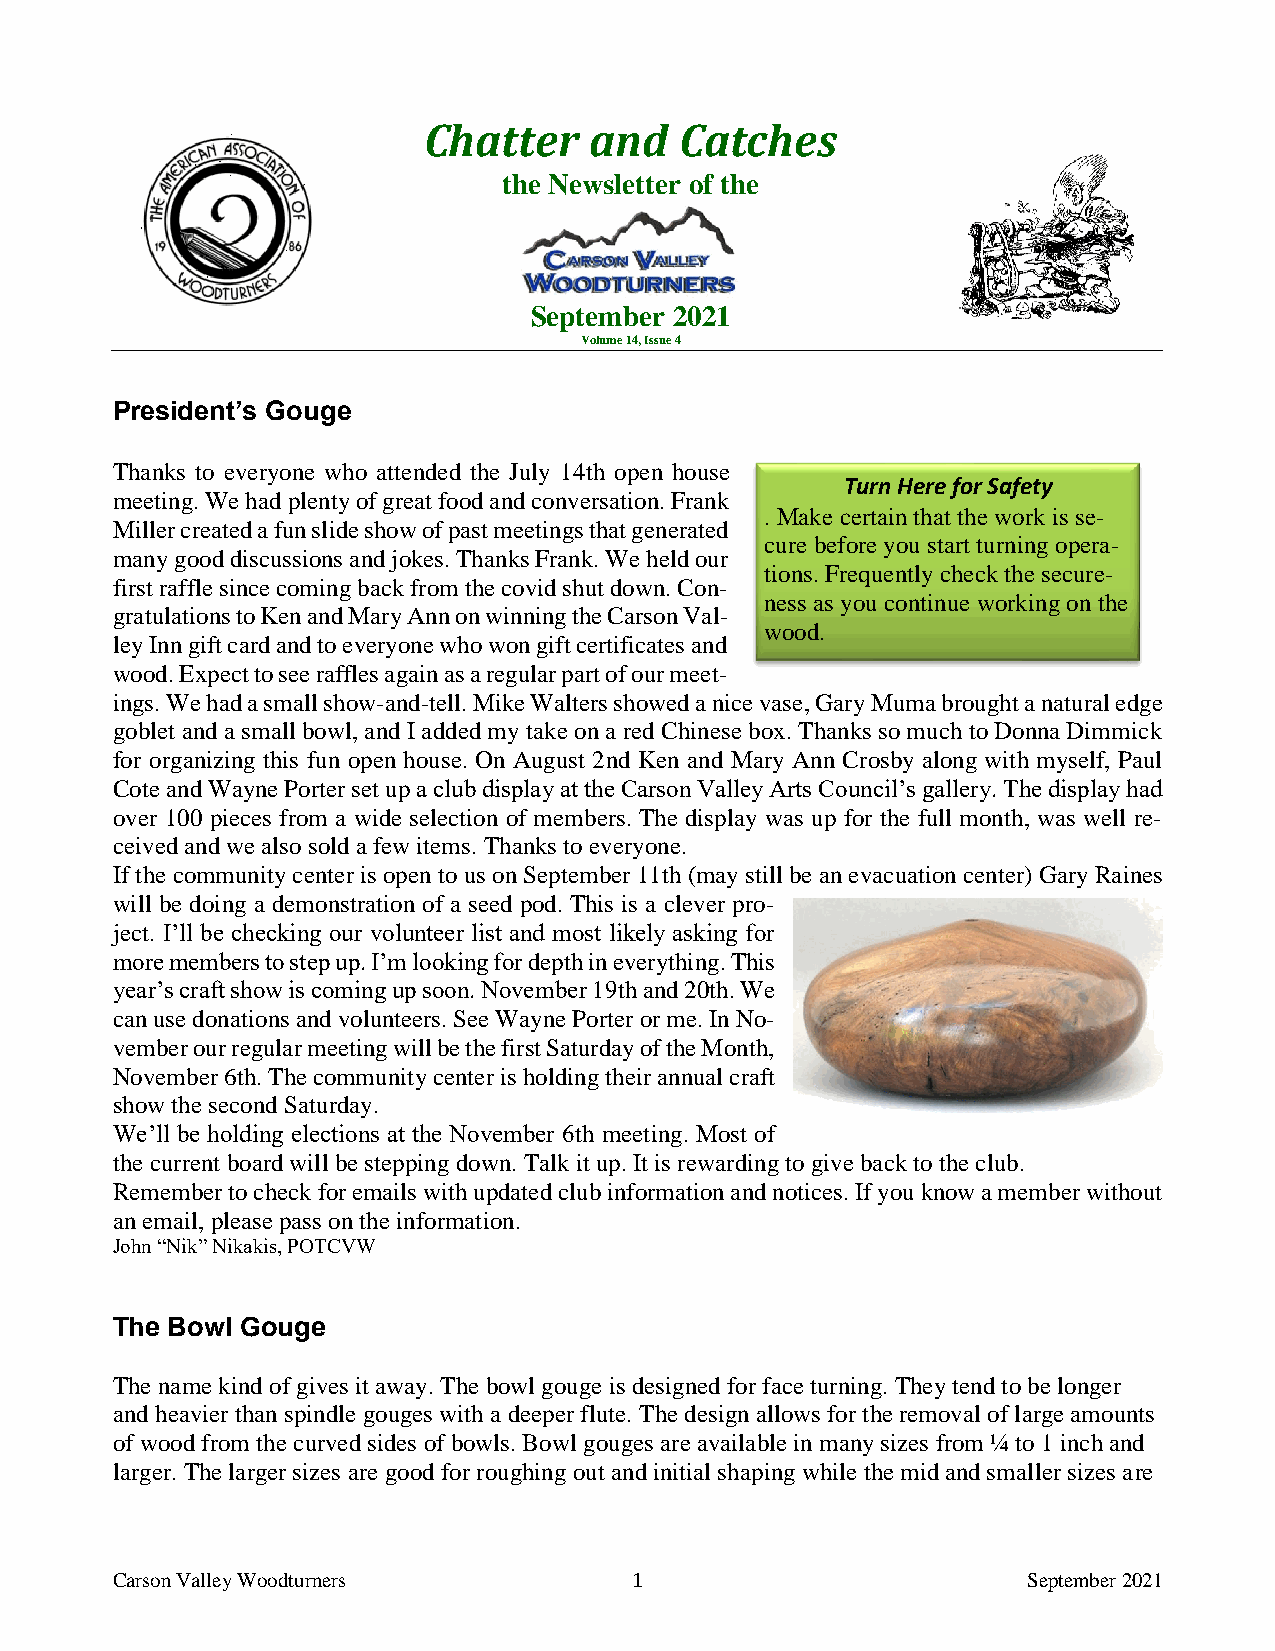
Chatter    and   Catches
 the Newsletter of the
 September 2021
 -
 Volume 14, Issue 4
 President’s Gouge
 Thanks to everyone who attended the July 14th open house
 Turn Here for Safety
 meeting. We had plenty of great food and conversation. Frank
 . Make certain that the work is se-
 Miller created a fun slide show of past meetings that generated
 cure before you start turning opera-
 many good discussions and jokes. Thanks Frank. We held our
 tions. Frequently check the secure-
 first raffle since coming back from the covid shut down. Con-
 ness as you continue working on the
 gratulations to Ken and Mary Ann on winning the Carson Val-
 wood.
 ley Inn gift card and to everyone who won gift certificates and
 wood. Expect to see raffles again as a regular part of our meet-
 ings. We had a small show-and-tell. Mike Walters showed a nice vase, Gary Muma brought a natural edge
 goblet and a small bowl, and I added my take on a red Chinese box. Thanks so much to Donna Dimmick
 for organizing this fun open house. On August 2nd Ken and Mary Ann Crosby along with myself, Paul
 Cote and Wayne Porter set up a club display at the Carson Valley Arts Council’s gallery. The display had
 over 100 pieces from a wide selection of members. The display was up for the full month, was well re-
 ceived and we also sold a few items. Thanks to everyone.
 If the community center is open to us on September 11th (may still be an evacuation center) Gary Raines
 will be doing a demonstration of a seed pod. This is a clever pro-
 ject. I’ll be checking our volunteer list and most likely asking for
 more members to step up. I’m looking for depth in everything. This
 year’s craft show is coming up soon. November 19th and 20th. We
 can use donations and volunteers. See Wayne Porter or me. In No-
 vember our regular meeting will be the first Saturday of the Month,
 November 6th. The community center is holding their annual craft
 show the second Saturday.
 We’ll be holding elections at the November 6th meeting. Most of
 the current board will be stepping down. Talk it up. It is rewarding to give back to the club.
 Remember to check for emails with updated club information and notices. If you know a member without
 an email, please pass on the information.
 John “Nik” Nikakis, POTCVW
 The Bowl Gouge
 The name kind of gives it away. The bowl gouge is designed for face turning. They tend to be longer
 and heavier than spindle gouges with a deeper flute. The design allows for the removal of large amounts
 of wood from the curved sides of bowls. Bowl gouges are available in many sizes from ¼ to 1 inch and
 larger. The larger sizes are good for roughing out and initial shaping while the mid and smaller sizes are
 Carson Valley Woodturners          1                         September 2021